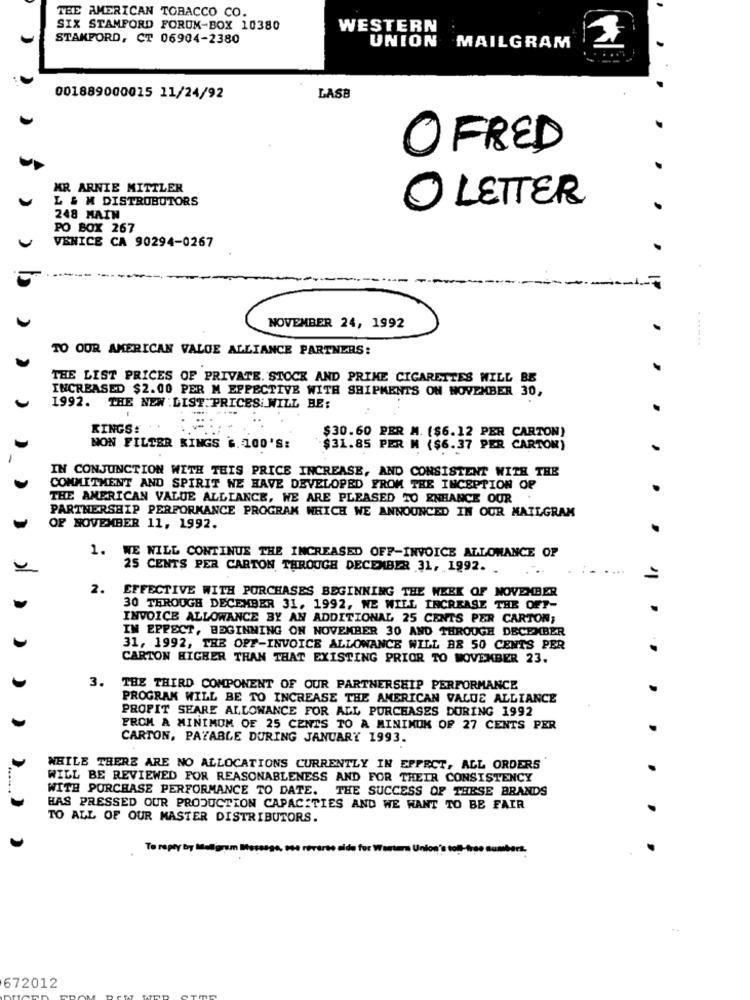
THE AMERICAN TOBACCO CO.
SIX STAMFORD FORUM-BOX 10380
WESTERN
STAMFORD, CT 06904-2380
UNION
MAILGRAM
001889000015 11/24/92
LASB
OFRED
MR ARNIE MITTLER
L & M DISTROBUTORS
O LETTER
248 MAIN
PO BOX 267
VENICE CA 90294-0267
---
NOVEMBER 24, 1992
TO OUR AMERICAN VALOE ALLIANCE PARTNERS:
.......
THE LIST PRICES OF PRIVATE. STOCK AND PRIME CIGARETTES WILL BE
INCREASED $2.00 PER M EFFECTIVE WITH SHIPMENTS ON NOVEMBER 30,
1992. THE NEW : LIST.PRICES WILL BE:
KINGS:
$30.60 PER M. ($6.12 PER CARTON)
MON FILTER KINGS &. 100'S:
$31.85 PER M ($6.37 PER CARTON)
IN CONJUNCTION WITH THIS PRICE INCREASE, AND CONSISTENT WITH THE
COMMITMENT AND SPIRIT NE HAVE DEVELOPED FROM THE INCEPTION OF
THE AMERICAN VALUE ALLIANCE, WE ARE PLEASED TO ENHANCE OUR
PARTNERSHIP PERFORMANCE PROGRAM WHICH WE ANNOUNCED IN OUR MAILGRAM
OF NOVEMBER 11, 1992.
1. WE WILL CONTINUE THE INCREASED OFF-INVOICE ALLOWANCE OF
25 CENTS PER CARTON THROUGH DECEMBER 31, 1992.
=
2.
EFFECTIVE WITH PURCHASES BEGINNING THE WEEK OF NOVEMBER
30 THROUGH DECEMBER 31. 1992, WE WILL INCREASE THE OFF-
INVOICE ALLOWANCE BY AN ADDITIONAL 25 CENTS PER CARTON;
IN EPPECT, BEGINNING ON NOVEMBER 30 AND THROUGH DECE BER
31, 1992, THE OFF-INVOICE ALLOWANCE WILL BE 50 CENTS PER
CARTON HIGHER THAN THAT EXISTING PRIOR TO MOVEMBER 23.
3.
THE THIRD COMPONENT OF OUR PARTNERSHIP PERFORMANCE
PROGRAM WILL BE TO INCREASE THE AMERICAN VALUE ALLIANCE
PROPIT SEARE ALLOWANCE FOR ALL PURCHASES DURING 1992
FROM A MINIMUM OF 25 CENTS TO A MININUK OF 27 CENTS PER
CARTON, PAYABLE DURING JANUARY 1993.
WHILE THERE ARE NO ALLOCATIONS CURRENTLY IN EFFECT, ALL ORDERS
WILL BE REVIEWED FOR REASONABLENESS AND FOR THEIR CONSISTENCY
WITH PURCHASE PERFORMANCE TO DATE. THE SUCCESS OF THESE BRANDS
HAS PRESSED OUR PRODUCTION CAPACITIES AND WE WANT TO BE FAIR
TO ALL OF OUR MASTER DISTRIBUTORS.
To reply by Mawagram M
Pass, see reverse aida for Western Union's toll-hoge sumbart.
672012